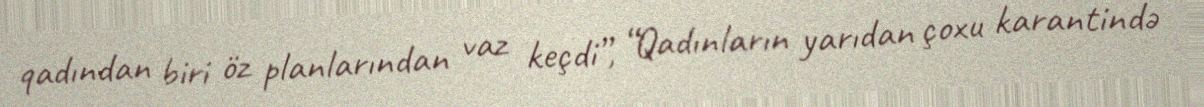
qadından biri öz planlarından vaz keçdi”, “Qadınların yarıdan çoxu karantində